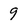
Character: 9